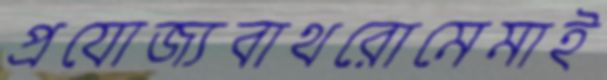
প্রযোজ্যবাথরোমেমাই